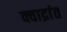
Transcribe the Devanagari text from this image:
क्वाद्रांत